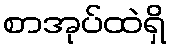
စာအုပ်ထဲရှိ